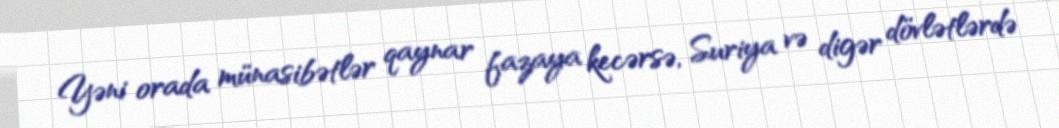
Yəni orada münasibətlər qaynar fazaya kecərsə, Suriya və digər dövlətlərdə